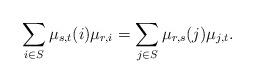
LaTeX: \begin{align*}\sum_{i\in S}\mu_{s,t}(i)\mu_{r,i} =\sum_{j\in S}\mu_{r,s}(j)\mu_{j,t}.\end{align*}